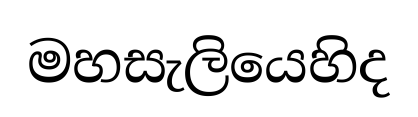
මහසැලියෙහිද